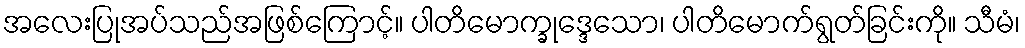
အလေးပြုအပ်သည်အဖြစ်ကြောင့်။ ပါတိမောက္ခုဒ္ဒေသော၊ ပါတိမောက်ရွတ်ခြင်းကို။ သီမံ၊